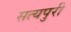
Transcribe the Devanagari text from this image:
सत्यपुरी